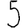
Digit: 5